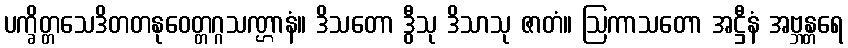
ပက္ခိတ္တသေဒိတတနုဝေတ္တဂ္ဂသဏ္ဌာနံ။ ဒိသတော ဒွီသု ဒိသာသု ဇာတံ။ ဩကာသတော အဋ္ဌီနံ အဗ္ဘန္တရေ